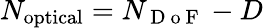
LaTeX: N_{\mathrm{optical}}=N_{\mathrm{~D~o~F~}}-D